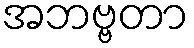
အဘဗ္ဗတာ